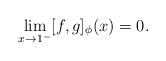
LaTeX: \begin{align*}\lim_{x\rightarrow1^{-}}[f,g]_{\phi}(x)=0.\end{align*}